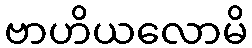
ဗာဟိယလောမိ